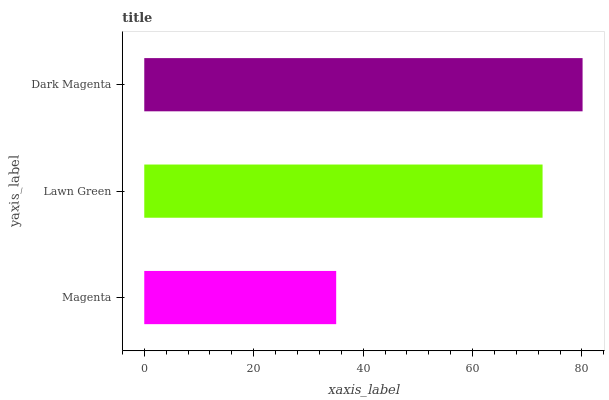
| yaxis_label | bars |
 | --- | --- |
 | Magenta | 35.1 |
 | Lawn Green | 72.8 |
 | Dark Magenta | 80.1 |